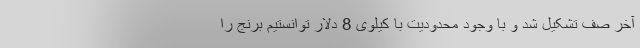
آخر صف تشکیل شد و با وجود محدودیت با کیلوی 8 دلار توانستیم برنج را